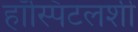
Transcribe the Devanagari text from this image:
हॉस्पिटलशी